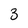
Character: 3